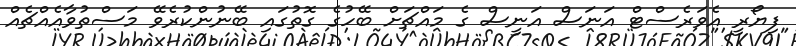
ފިޔޯރީ އެވަރެސްޓް އަނަސް އަނީސް ގެ މައްޗަށް ބޭހުގެ ގޮތުގައި ބޭނުންކުރެވޭ މަސްތުވާއެއްޗެއް